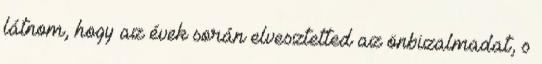
látnom, hogy az évek során elvesztetted az önbizalmadat, s